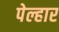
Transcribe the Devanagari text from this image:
पेल्हार